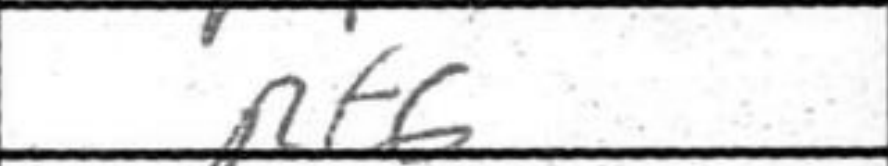
Transcription: Rf6